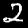
Digit: 2